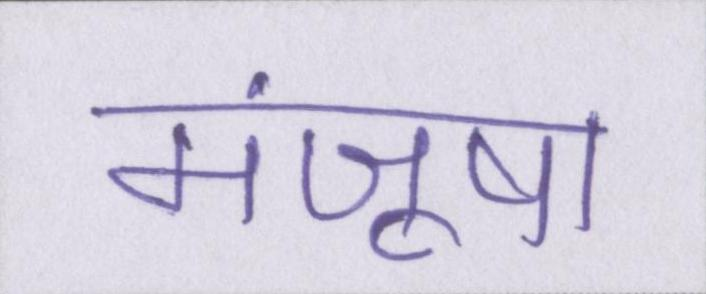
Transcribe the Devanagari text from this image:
मंजूषा